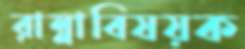
রান্নাবিষয়ক